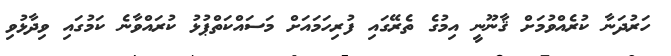
ހަރުދަނާ ކުރެއްވުމަށް ޤާނޫނީ އިމުގެ ތެރޭގައި ފުރިހަމައަށް މަސައްކަތްޕުޅު ކުރައްވާނެ ކަމުގައި ވިދާޅުވި